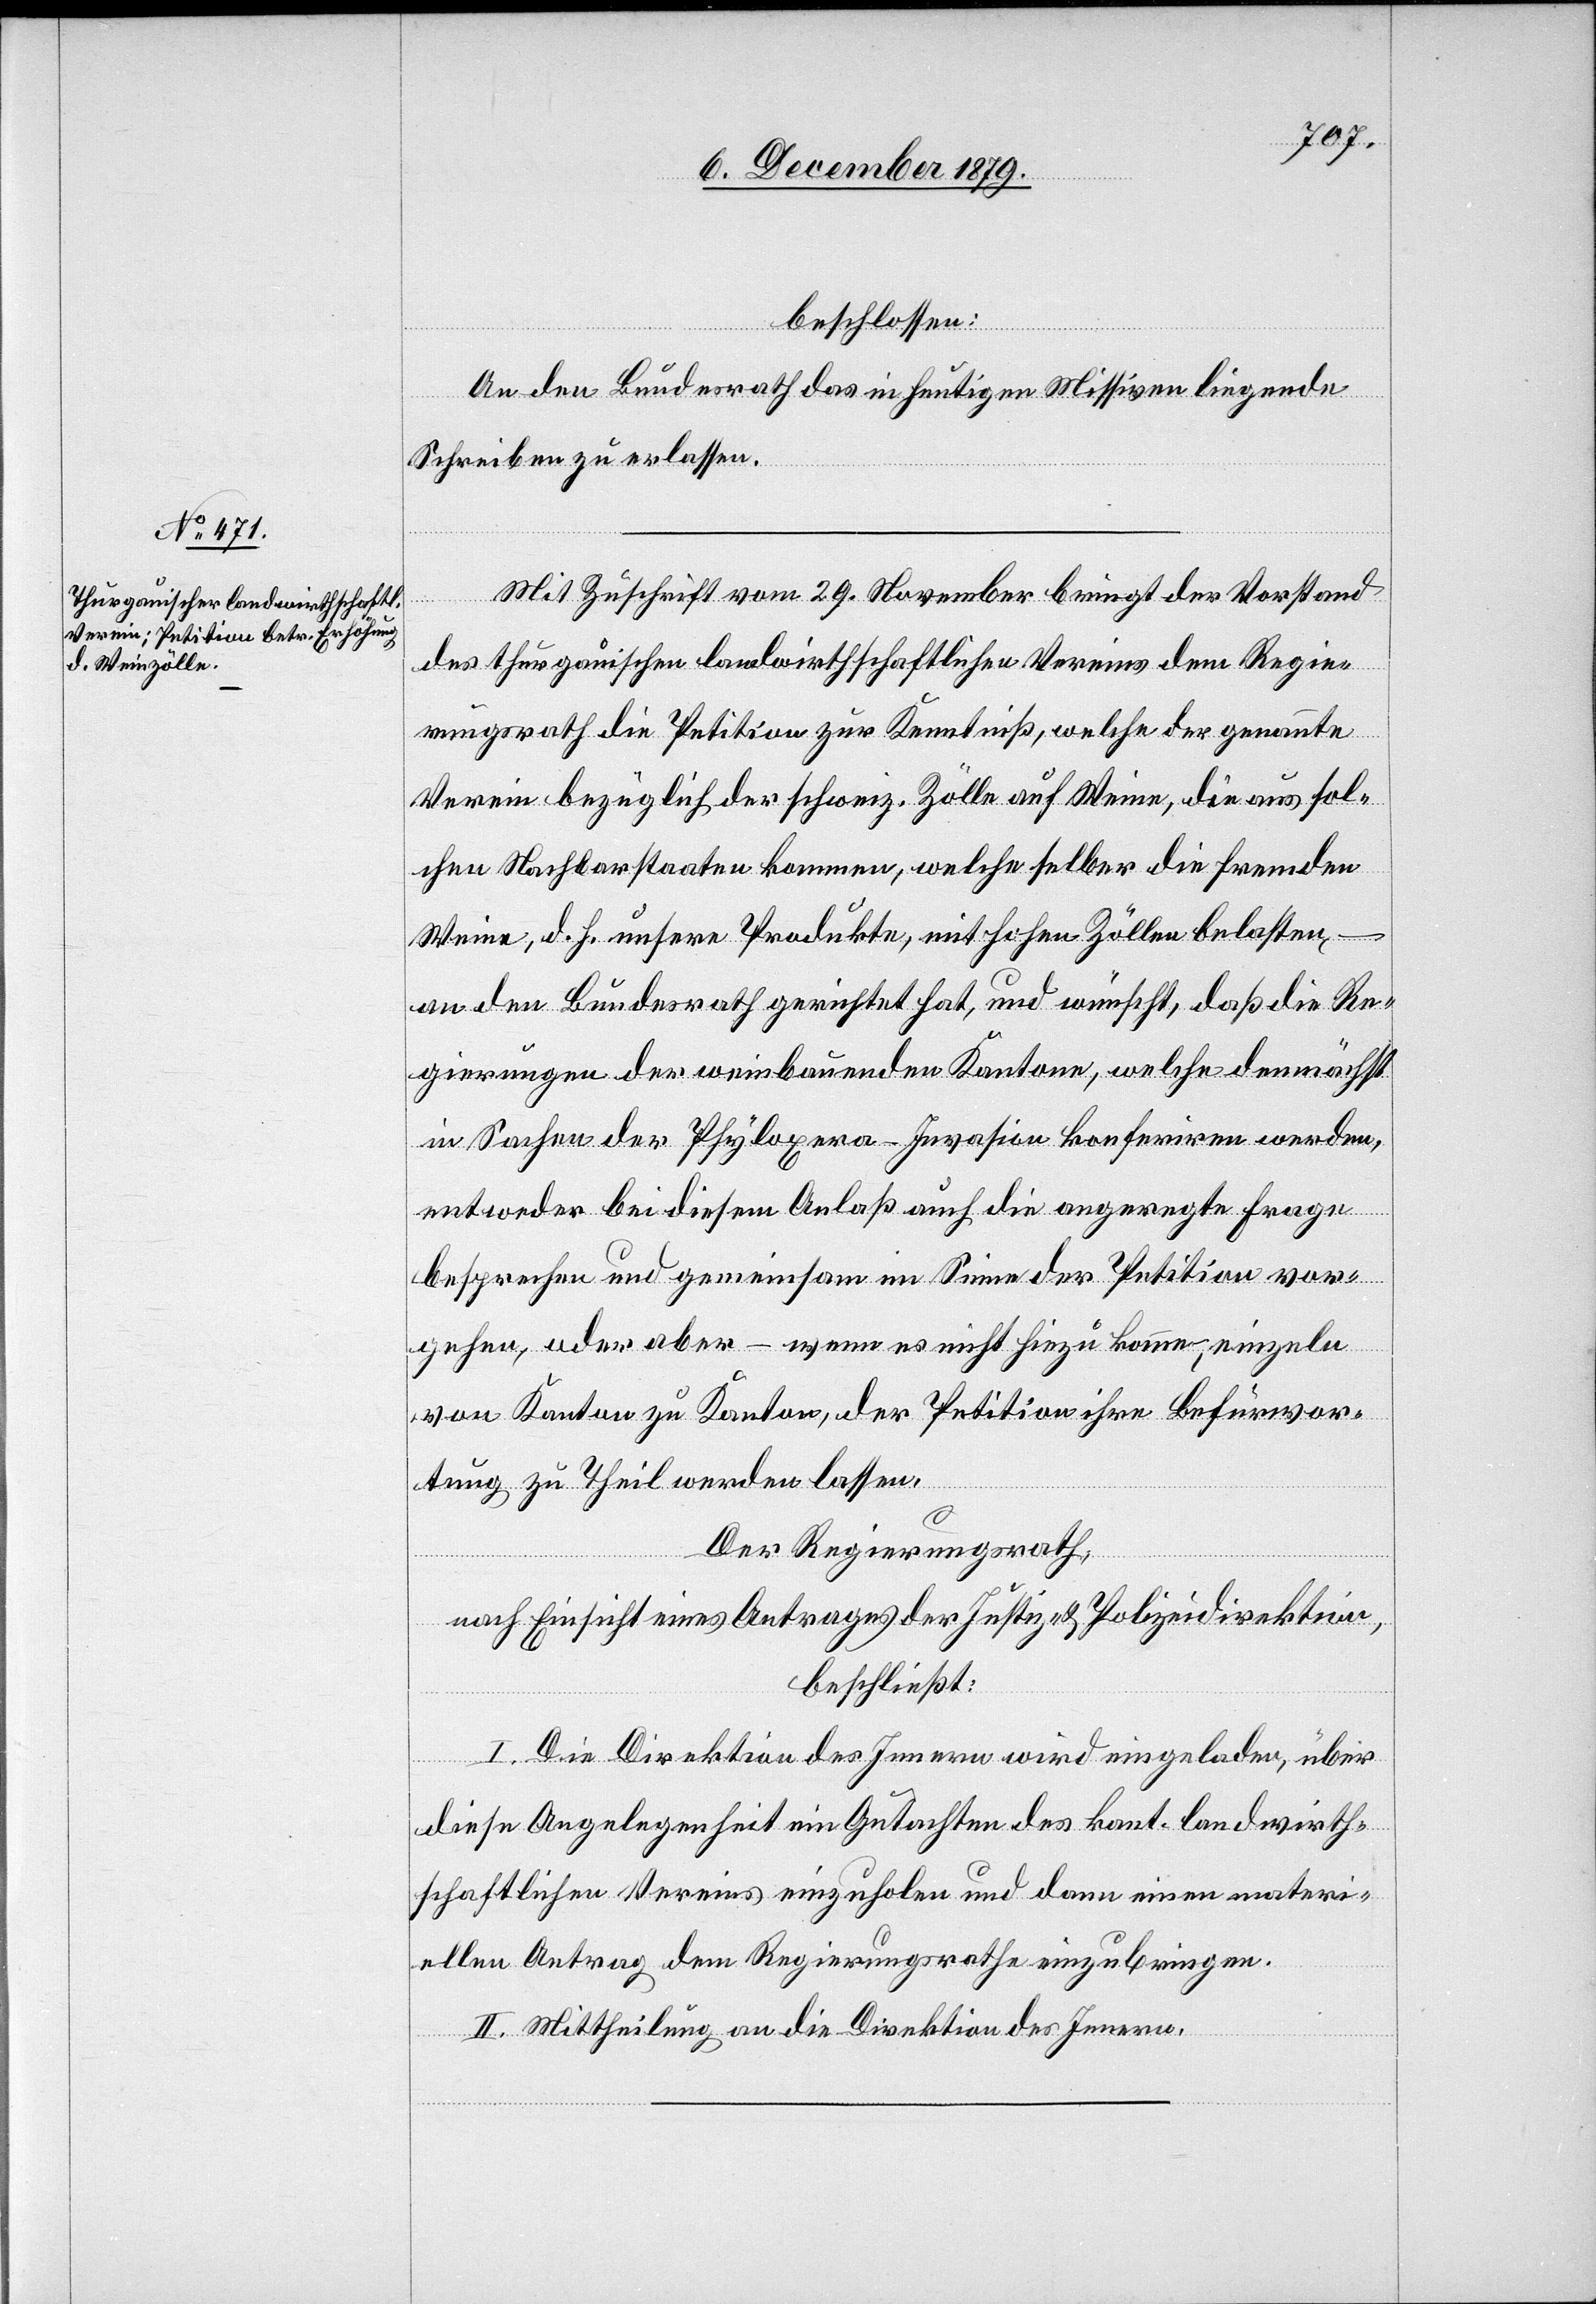
beschlossen:
An den Bundesrath das in heutigen Missiven liegende
Schreiben zu erlassen.
Mit Zuschrift vom 29. November bringt der Vorstand
des thurgauischen landwirthschaftlichen Vereins dem Regie¬
rungsrath die Petition zur Kenntniß, welche der genannte
Verein bezüglich der schweiz. Zölle auf Weine, die aus sol¬
chen Nachbarstaaten kommen, welche selber die fremden
Weine, d. h. unsere Produkte, mit hohen Zöllen belasten,
an den Bundesrath gerichtet hat, und wünscht, daß die Re¬
gierungen der weinbauenden Kantone, welche demnächst
in Sachen der Phyloxera-Invasion konferiren werden,
entweder bei diesem Anlaß auch die angeregte Frage
besprechen und gemeinsam im Sinne der Petition vor¬
gehen, oder aber – wenn es nicht hiezu komme, einzeln
von Kanton zu Kanton, der Petition ihre Befürwor¬
tung zu Theil werden lassen.
Der Regierungsrath,
nach Einsicht eines Antrages der Justiz- & Polizeidirektion,
beschließt:
I. Die Direktion des Innern wird eingeladen, über
diese Angelegenheit ein Gutachten des kant. landwirth¬
schaftlichen Vereins einzuholen und dann einen materi¬
ellen Antrag dem Regierungsrathe einzubringen.
II. Mittheilung an die Direktion des Innern.